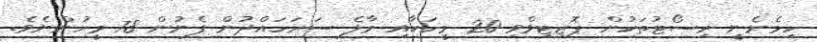
ހިމެނެނީ ރިސޯޓުތަކުން ޕޮޒިޓިވްވި 20 މީހަކާއި މާލެ ސަރަހައްދުން ފެނުން 78 މީހުންނެވެ.